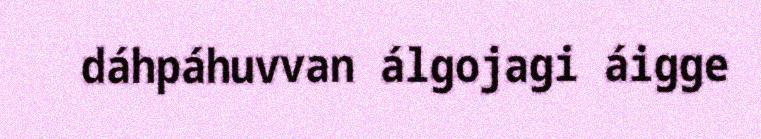
dáhpáhuvvan álgojagi áigge